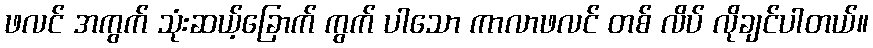
ဖလင် အကွက် သုံးဆယ့်ခြောက် ကွက် ပါသော ကာလာဖလင် တစ် လိပ် လိုချင်ပါတယ်။